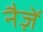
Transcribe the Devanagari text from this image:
नैज़ें